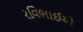
રવિભાઈએ